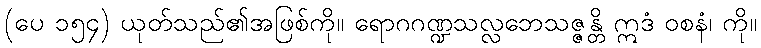
(ပေ ၁၅၄) ယုတ်သည်၏အဖြစ်ကို။ ရောဂဂဏ္ဍသလ္လဘေသဇ္ဇန္တိ ဣဒံ ဝစနံ၊ ကို။